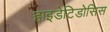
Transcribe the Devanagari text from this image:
हाइडेटिडोसिस